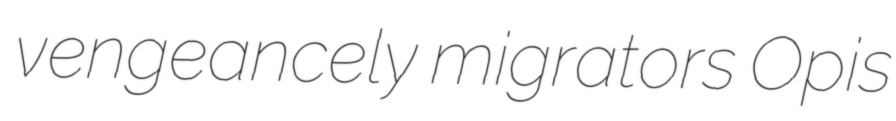
vengeancely migrators Opis